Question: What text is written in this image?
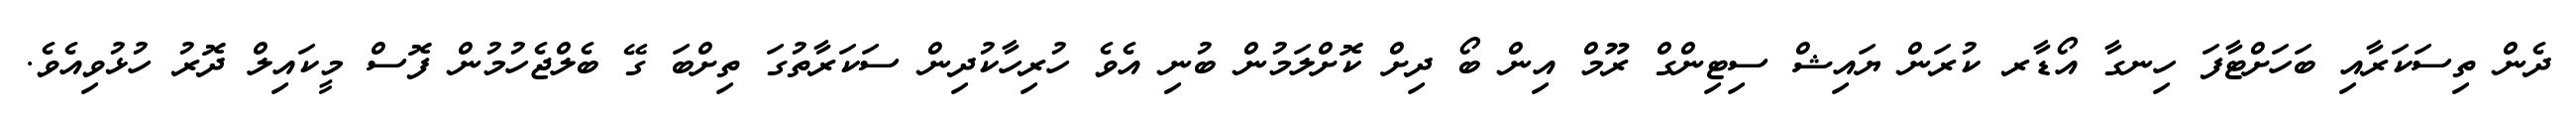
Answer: ދެން ތިސަކަރާއި ބަހަށްޓާފަ ހިނގާ އޯޑާރ ކުރަން ޔައިޝް ސިޓިންގް ރޫމް އިން ބޯ ދިށް ކޮށްލަމުން ބުނި އެވެ ހުރިހާކުދިން ސަކަރާތުގަ ތިށްބަ ގޭ ބެލްޖެހުމުން ފޮސް މީކައިލް ދޮރު ހުޅުވިއެވެ.